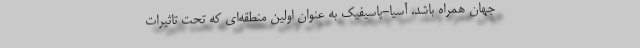
جهان همراه باشد. آسیا-پاسیفیک به عنوان اولین منطقه‌ای که تحت تاثیرات